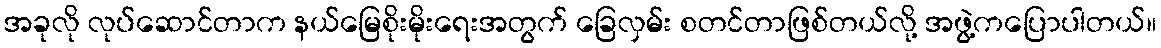
အခုလို လုပ်ဆောင်တာက နယ်မြေစိုးမိုးရေးအတွက် ခြေလှမ်း စတင်တာဖြစ်တယ်လို့ အဖွဲ့ကပြောပါတယ်။